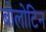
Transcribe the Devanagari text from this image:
बोलोटिन